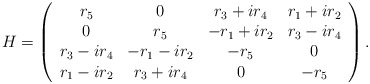
\begin{align*}H=\left(\begin{array}{cccc}r_5 & 0 & r_3+ir_4 & r_1+ir_2 \\0 & r_5 & -r_1+ir_2 & r_3-ir_4 \\r_3-ir_4 & -r_1-ir_2 & -r_5 & 0 \\r_1-ir_2 & r_3+ir_4 & 0 & -r_5 \end{array}\right ).\end{align*}